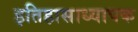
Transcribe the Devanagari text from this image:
इतिहासाध्यापक